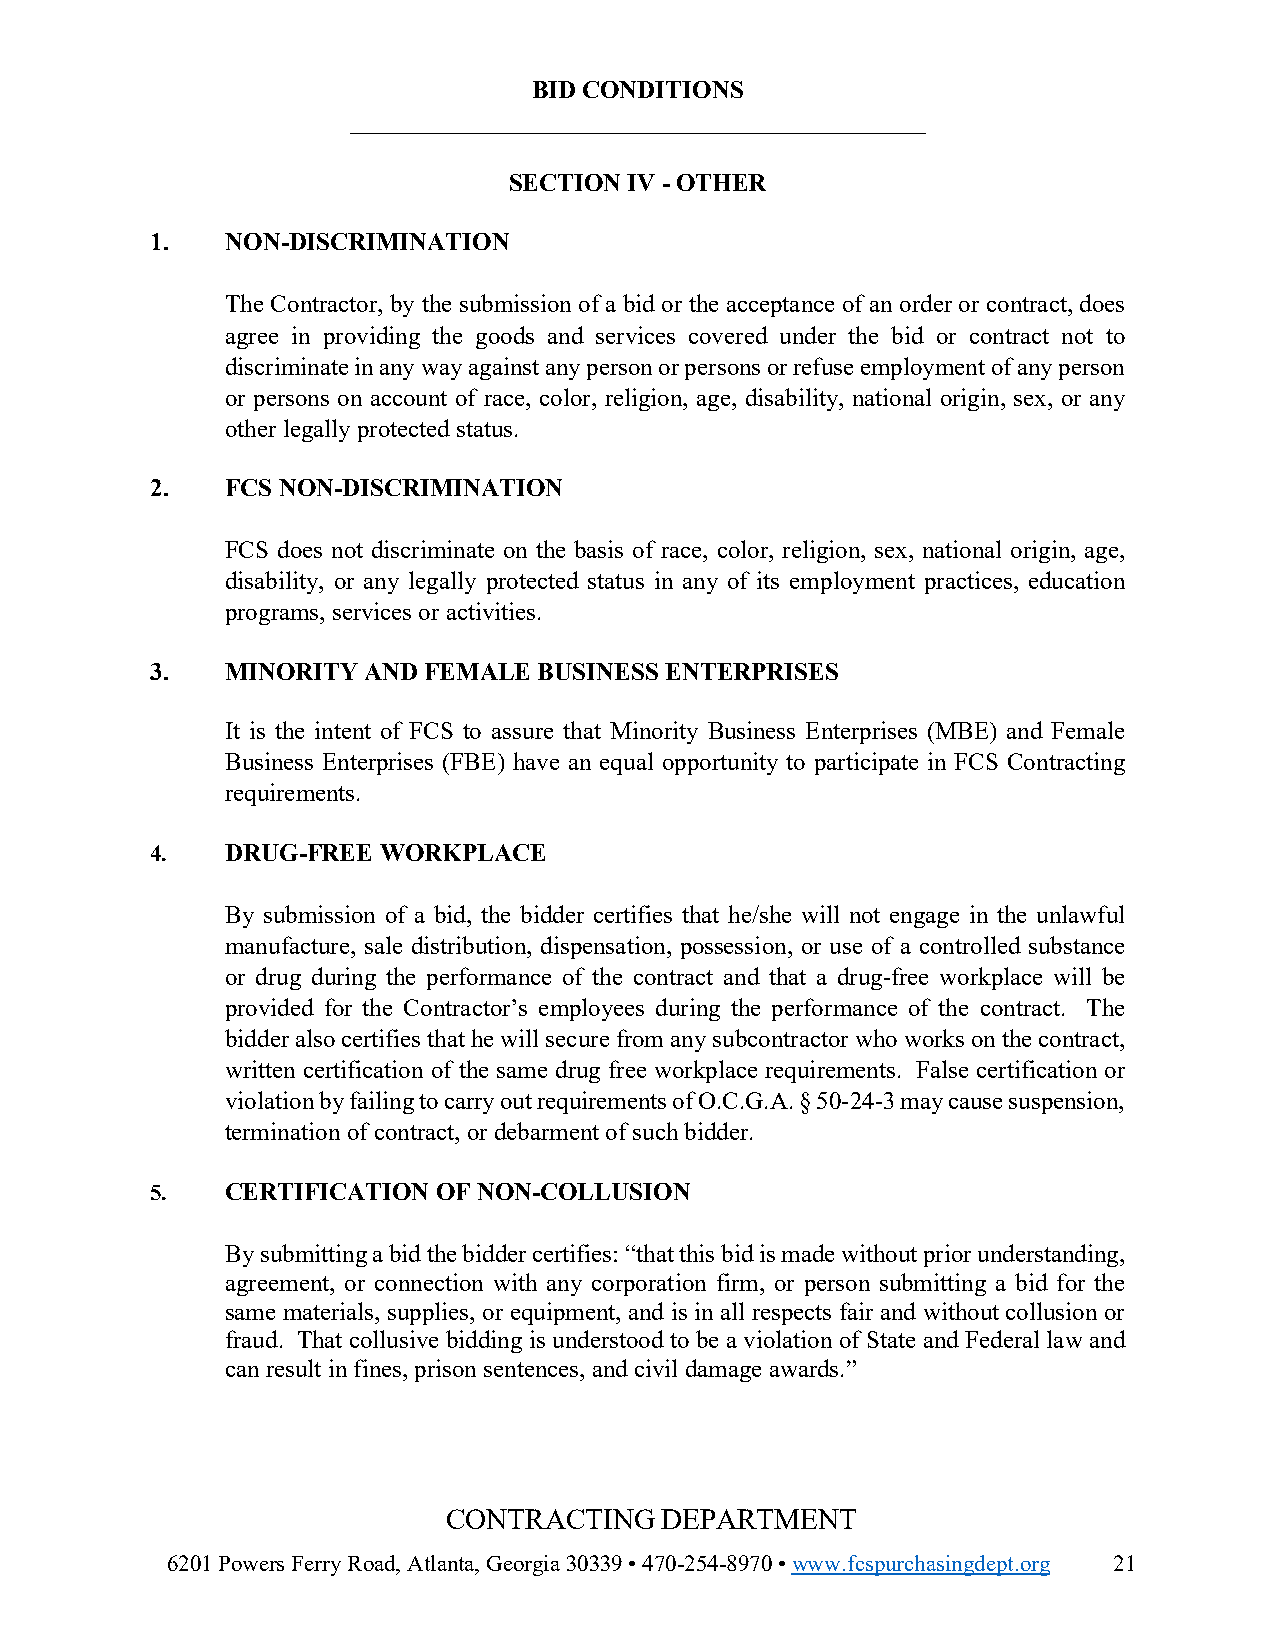
BID CONDITIONS
 ______________________________________________
 SECTION IV - OTHER
 1.   NON-DISCRIMINATION
 The Contractor, by the submission of a bid or the acceptance of an order or contract, does
 agree in providing the goods and services covered under the bid or contract not to
 discriminate in any way against any person or persons or refuse employment of any person
 or persons on account of race, color, religion, age, disability, national origin, sex, or any
 other legally protected status.
 2.   FCS NON-DISCRIMINATION
 FCS does not discriminate on the basis of race, color, religion, sex, national origin, age,
 disability, or any legally protected status in any of its employment practices, education
 programs, services or activities.
 3.   MINORITY AND FEMALE  BUSINESS ENTERPRISES
 It is the intent of FCS to assure that Minority Business Enterprises (MBE) and Female
 Business Enterprises (FBE) have an equal opportunity to participate in FCS Contracting
 requirements.
 4.   DRUG-FREE WORKPLACE
 By submission of a bid, the bidder certifies that he/she will not engage in the unlawful
 manufacture, sale distribution, dispensation, possession, or use of a controlled substance
 or drug during the performance of the contract and that a drug-free workplace will be
 provided for the Contractor’s employees during the performance of the contract. The
 bidder also certifies that he will secure from any subcontractor who works on the contract,
 written certification of the same drug free workplace requirements. False certification or
 violation by failing to carry out requirements of O.C.G.A. § 50-24-3 may cause suspension,
 termination of contract, or debarment of such bidder.
 5.   CERTIFICATION OF NON-COLLUSION
 By submitting a bid the bidder certifies: “that this bid is made without prior understanding,
 agreement, or connection with any corporation firm, or person submitting a bid for the
 same materials, supplies, or equipment, and is in all respects fair and without collusion or
 fraud. That collusive bidding is understood to be a violation of State and Federal law and
 can result in fines, prison sentences, and civil damage awards.”
 CONTRACTING   DEPARTMENT
 6201 Powers Ferry Road, Atlanta, Georgia 30339 • 470-254-8970 • www.fcspurchasingdept.org 21